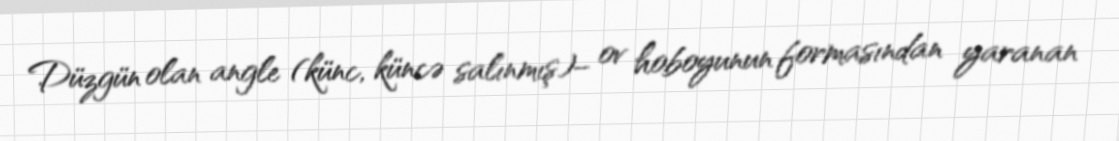
Düzgün olan angle (künc, küncə salınmış)– ov hoboyunun formasından yaranan